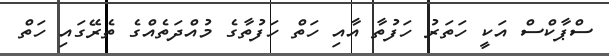
ސްޕާކްސް އަކީ ހަތަރު ހަފުތާ އާއި ހަތް ހަފުތާގެ މުއްދަތެއްގެ ތެރޭގައި ހަތް